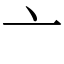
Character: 亠